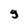
Character: g